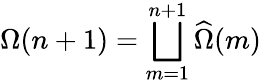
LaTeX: \Omega(n+1)=\bigsqcup_{m=1}^{n+1}\widehat{\Omega}(m)